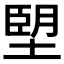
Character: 𪤀